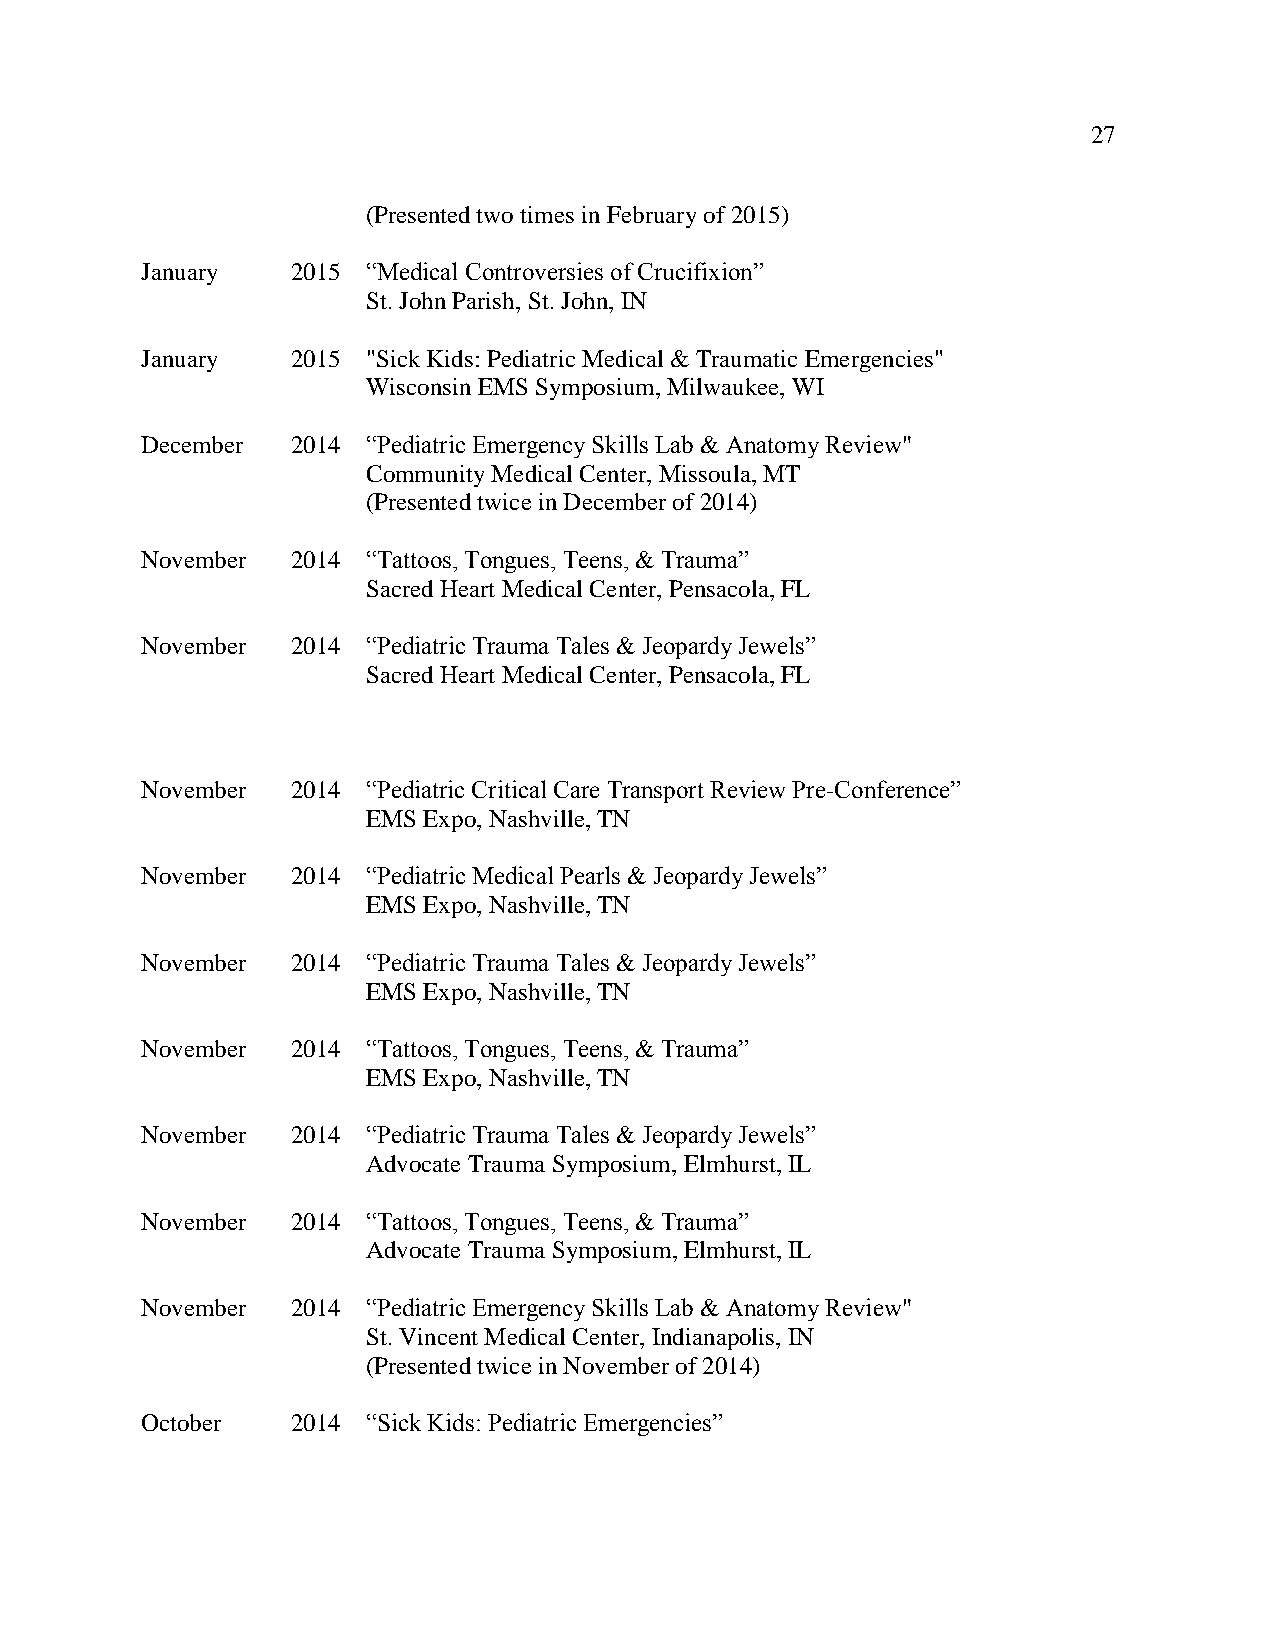
27
 (Presented two times in February of 2015)
 January   2015 “Medical Controversies of Crucifixion”
 St. John Parish, St. John, IN
 January   2015 "Sick Kids: Pediatric Medical & Traumatic Emergencies"
 Wisconsin EMS Symposium, Milwaukee, WI
 December  2014 “Pediatric Emergency Skills Lab & Anatomy Review"
 Community Medical Center, Missoula, MT
 (Presented twice in December of 2014)
 November  2014 “Tattoos, Tongues, Teens, & Trauma”
 Sacred Heart Medical Center, Pensacola, FL
 November  2014 “Pediatric Trauma Tales & Jeopardy Jewels”
 Sacred Heart Medical Center, Pensacola, FL
 November  2014 “Pediatric Critical Care Transport Review Pre-Conference”
 EMS Expo, Nashville, TN
 November  2014 “Pediatric Medical Pearls & Jeopardy Jewels”
 EMS Expo, Nashville, TN
 November  2014 “Pediatric Trauma Tales & Jeopardy Jewels”
 EMS Expo, Nashville, TN
 November  2014 “Tattoos, Tongues, Teens, & Trauma”
 EMS Expo, Nashville, TN
 November  2014 “Pediatric Trauma Tales & Jeopardy Jewels”
 Advocate Trauma Symposium, Elmhurst, IL
 November  2014 “Tattoos, Tongues, Teens, & Trauma”
 Advocate Trauma Symposium, Elmhurst, IL
 November  2014 “Pediatric Emergency Skills Lab & Anatomy Review"
 St. Vincent Medical Center, Indianapolis, IN
 (Presented twice in November of 2014)
 October   2014 “Sick Kids: Pediatric Emergencies”